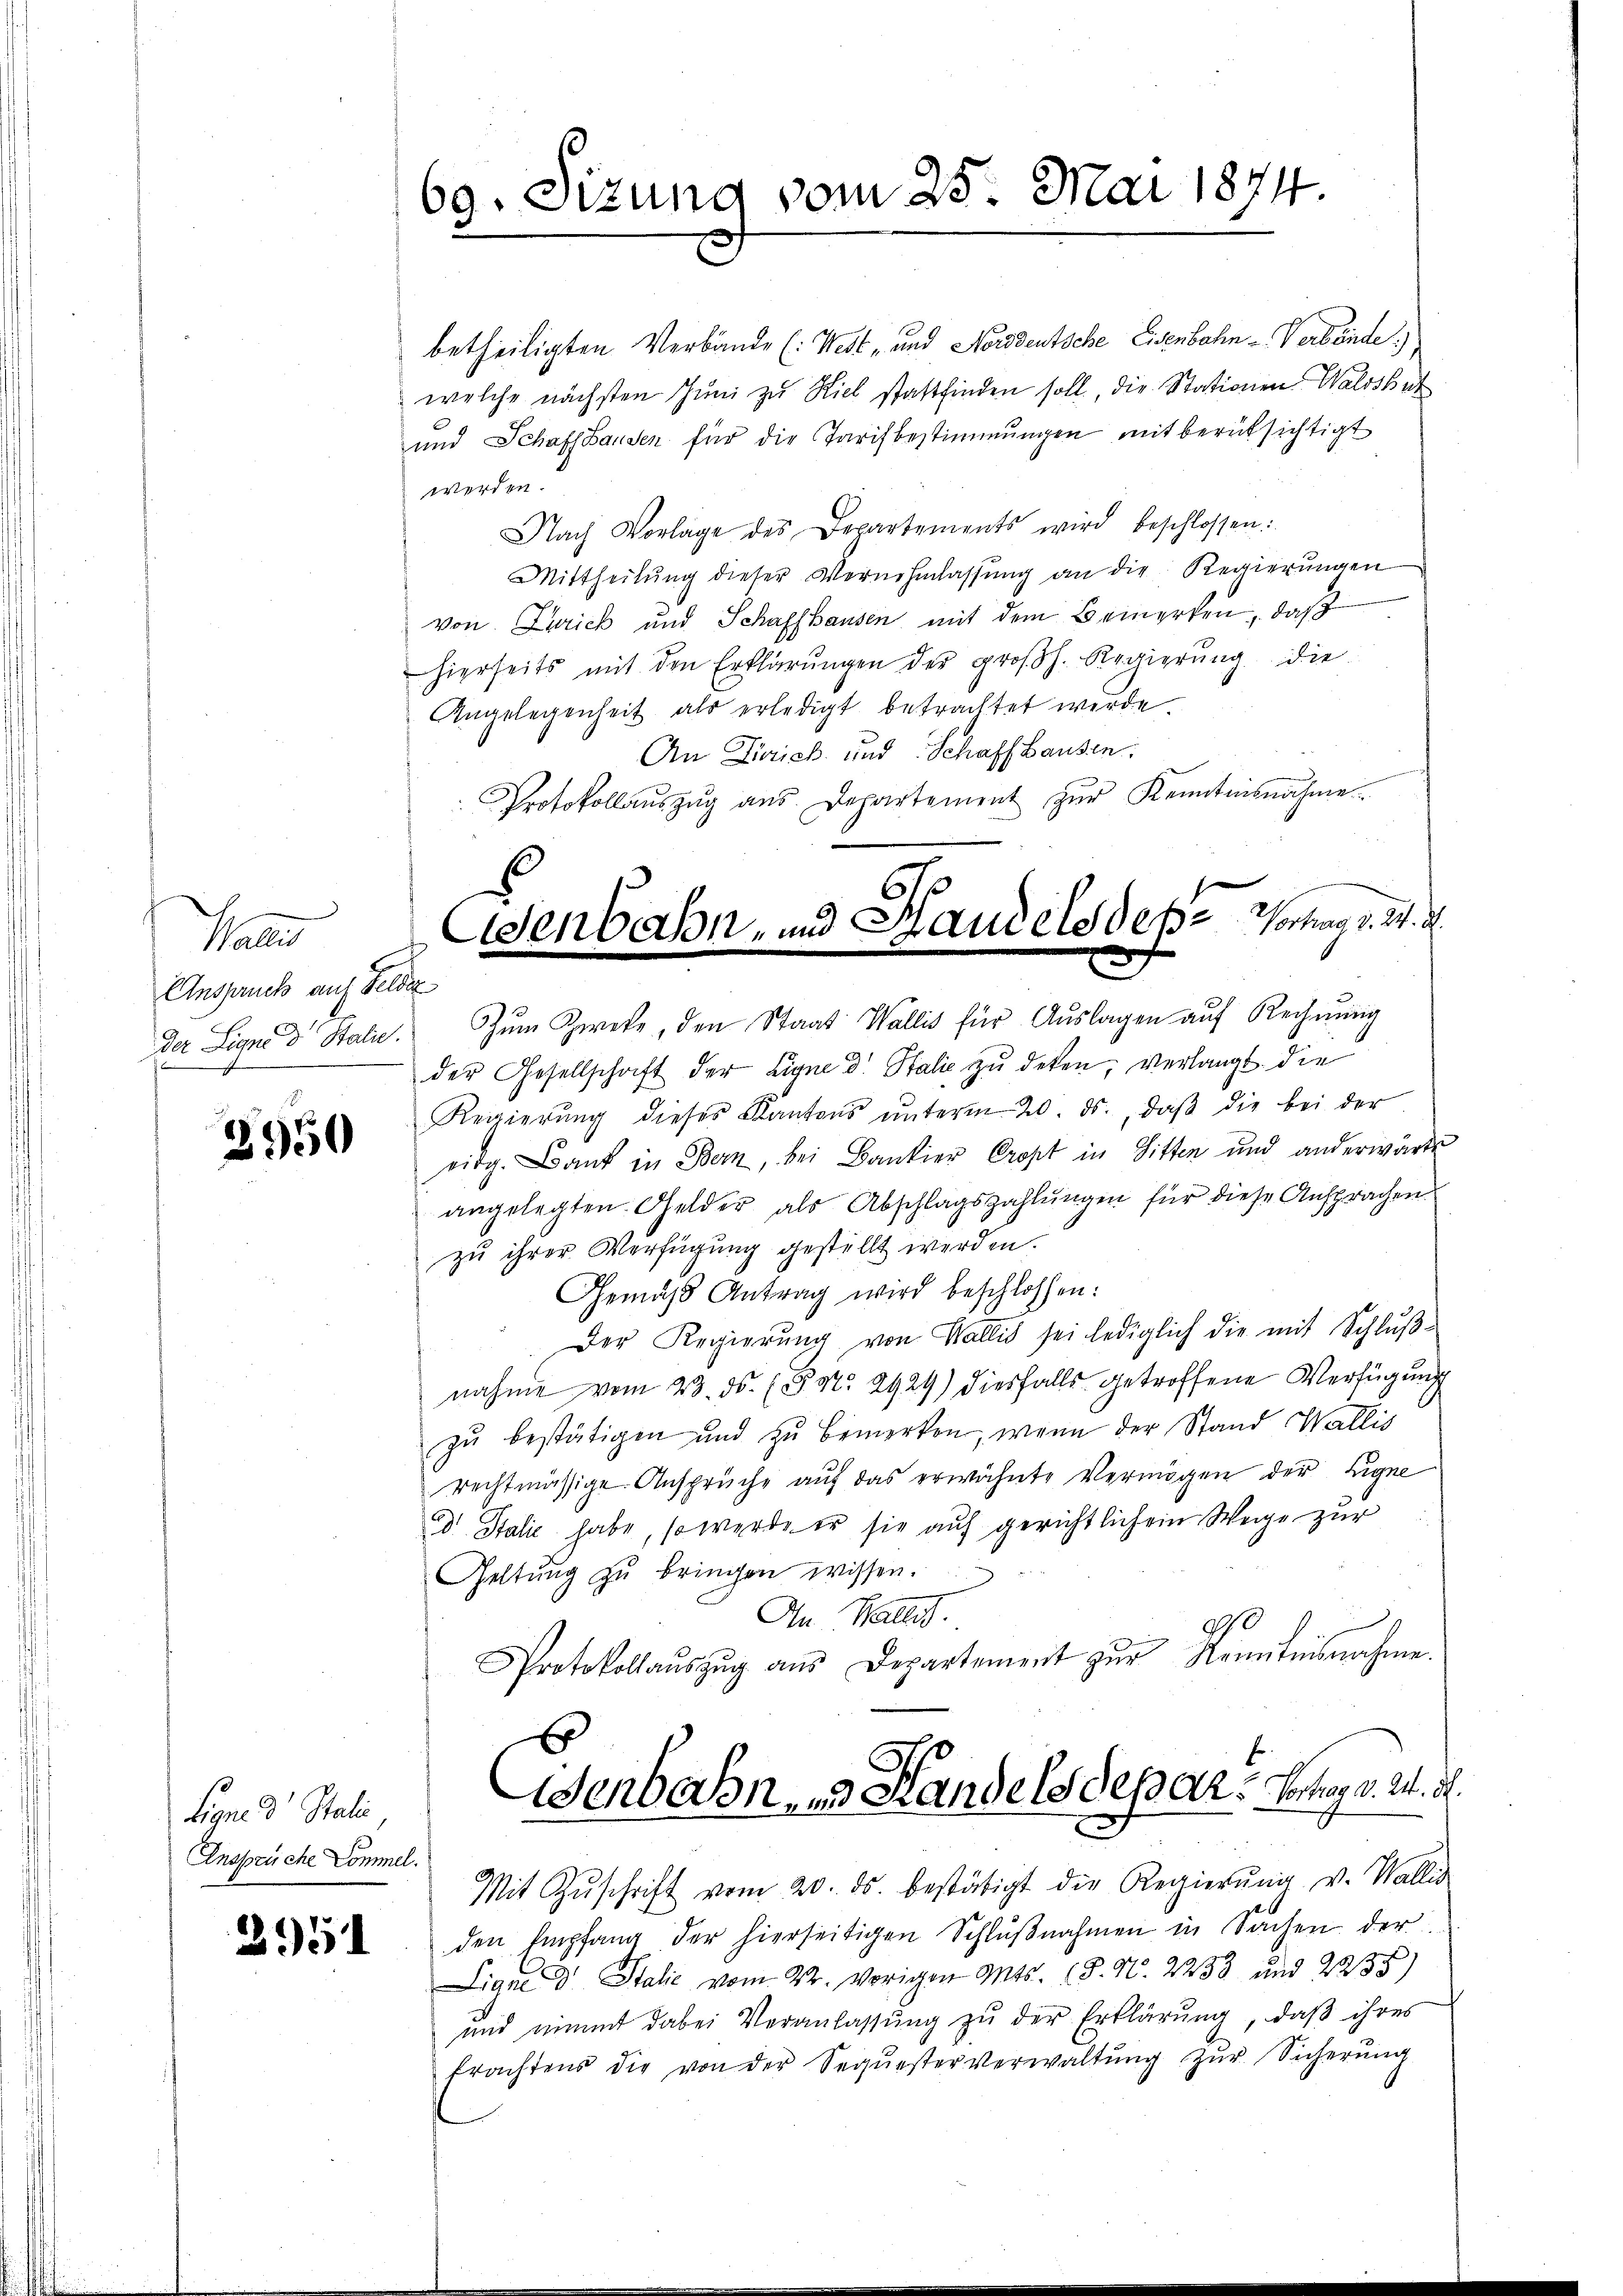
Pater
Anspruch auf Felde

2950

Ansprüche Commel.

69. Sizung vom 25. Mai 1874

betheiligten Verbände (: West- und Norddeutsche Eisenbahn u. Verbände)
welche nächsten Jŭni zu Kiel stattfinden soll, die Stationen Waldshut
und Schaffhausen für die Tarifbestimmungen mit berüksichtigt
werden.
Nach Vorlage des Departements wird beschlossen:
Mittheilŭng dieser Vernehmlassŭng an die Regierŭngen
von Zurick und Schaffhausen mit dem Bemerken, daß
hierseits mit den Erklärŭngen der groβh. Regierŭng die
Angelegenheit als erledigt betrachtet werde.
An Dirich- und Schaffhausen.
Protokollaŭszŭg aŭs. Departement zŭr Kenntnisnahme
der Ligne d. Stalie. Zum Zweke, den Staat Wallis für Aŭslagen aŭf Rechnŭng
der Gesellschaft der Eigne d. Stalie zu deken, verlangt die
Reigierŭng dieses Kantons ŭnterm 20. ds., daβ die bei der
eidg. Bank in Bern, bei Bankier Cropt in Sitten und anderwärte
angelegten Gelder als Abschlagszahlungen für diese Ansprachen
zu ihrer Verfügung gestellt werden.
Gemäß Antrag wird beschlossen:
Der Regierŭng von Wallis sei lediglich die mit Schlŭβ-
nahme vom 23. ds. (Frt. 2929) diesfalls getroffene Verfügung
zŭ bestätigen und zŭ bemerken, wenn der Stand Wallis
rechtmässige Ansprüche aŭf das erwähnte Vermögen der Eigne
Dr. Stalić habe, so werde er sie auf gerichtlichem Wege zur
Geltŭng zŭ bringen wissen.
An Wallis.
Protokollaŭszŭg ans Departement zŭr Kenntnisnahme.
Eignes Statisenbahn, zu Handelsdepart Montag v. 24. d.
Mit Zŭschrift vom 20. ds. bestätigt die Regierŭng v. Wallis
 den Empfang der hierseitigen Schlŭβnahmen in Sachen der
Ligne d. Stalie vom 22. Vorigen Mts. 18. N. 2233 und 2238)
und nimmt dabei Veranlassŭng zŭ der Erklärung, daβ ihres
frachtens die von der Sequesterverwaltŭng zŭr Sicherŭng

Osenbahn- und Handels des Vortrag d. 24. d.